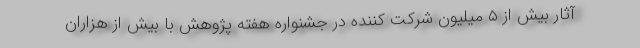
آثار بیش از ۵ میلیون شرکت کننده در جشنواره هفته پژوهش با بیش از هزاران